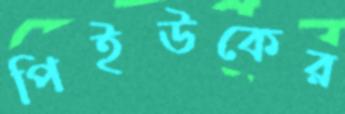
পিইউকের